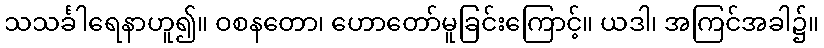
သသင်္ခါရေနာဟူ၍။ ဝစနတော၊ ဟောတော်မူခြင်းကြောင့်။ ယဒါ၊ အကြင်အခါ၌။